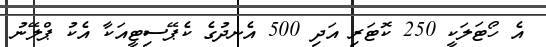
އެ ހޯޓަލަކީ 250 ކޮޓަރި އަދި 500 އެނދުގެ ކެޕޭސިޓީއަކާ އެކު ޕްލޭނު